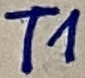
Text: T1